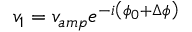
v _ { 1 } = v _ { a m p } e ^ { - i \left( \phi _ { 0 } + \Delta \phi \right) }